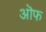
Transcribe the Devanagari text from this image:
ऒफ